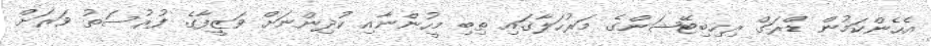
އެހެންކަމުން ޑްރަގް ރިހިބިޓޭޝަންގެ މަރުހަލާގައި ތިބި މީހުންނާއި ކުދިންނަށް ވަޒީފާގެ ފުރުސަތު ވަރަށް